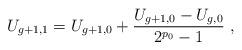
LaTeX: \begin{align*}U_{g+1,1} = U_{g+1,0} + \frac{U_{g+1,0}-U_{g,0}}{2^{p_0}-1} \ ,\end{align*}